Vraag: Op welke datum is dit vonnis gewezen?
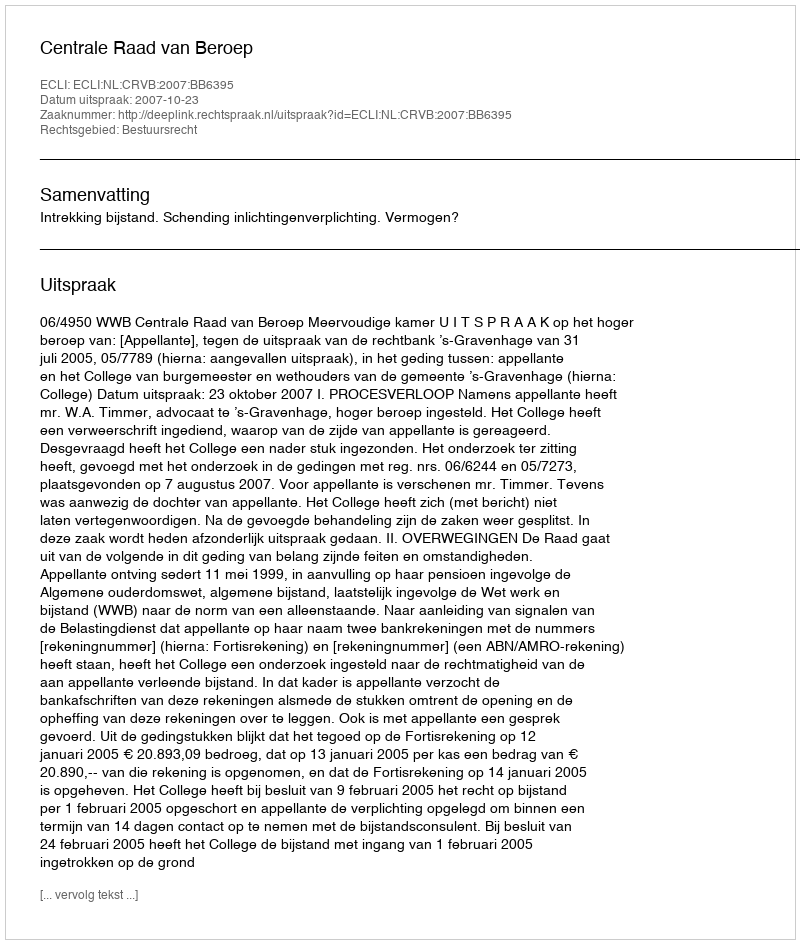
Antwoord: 2007-10-23